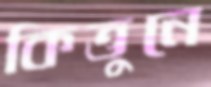
কিত্তুনে